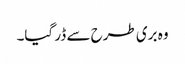
وہ بری طرح سے ڈر گیا۔